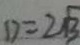
D = 2 \sqrt { 3 }